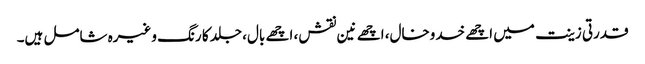
قدرتی زینت میں اچھے خدوخال، اچھے نین نقش، اچھے بال، جلد کا رنگ وغیرہ شامل ہیں۔